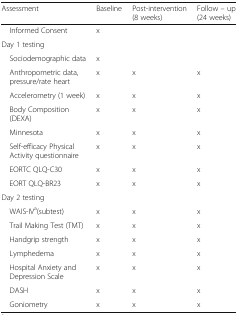
| Assessment | Baseline | Post-intervention (8 weeks) | Follow – up (24 weeks) |
 | --- | --- | --- | --- |
 | Informed Consent | x |  |  |
 | <COLSPAN=4> Day 1 testing |
 | Sociodemographic data | x |  |  |
 | Anthropometric data, pressure/rate heart | x | x | x |
 | Accelerometry (1 week) | x | x | x |
 | Body Composition (DEXA) | x | x | x |
 | Minnesota | x | x | x |
 | Self-efficacy Physical Activity questionnaire | x | x | x |
 | EORTC QLQ-C30 | x | x | x |
 | EORT QLQ-BR23 | x | x | x |
 | <COLSPAN=4> Day 2 testing |
 | WAIS-IVa(subtest) | x | x | x |
 | Trail Making Test (TMT) | x | x | x |
 | Handgrip strength | x | x | x |
 | Lymphedema | x | x | x |
 | Hospital Anxiety and Depression Scale | x | x | x |
 | DASH | x | x | x |
 | Goniometry | x | x | x |